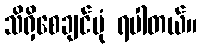
သိရှိစေချင်ပုံ ရပါတယ်။